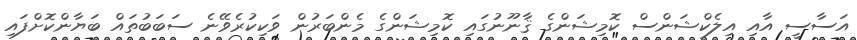
އަސާސީ އާއި އިލެކްޝަންސް ކޮމިޝަންގެ ޤާނޫނުގައި ކޮމިޝަންގެ މެންބަރުން ވަކިކުރެވޭނެ ސަބަބުތައް ބަޔާންކޮށްފައި